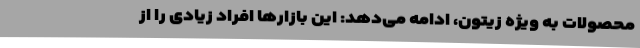
محصولات به ویژه زیتون، ادامه می‌دهد: این بازارها افراد زیادی را از